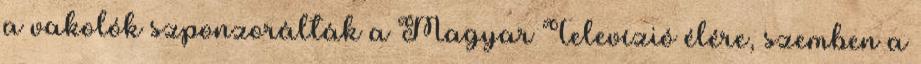
a vakolók szponzorálták a Magyar Televízió élé­re, szemben a